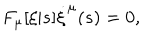
F _ { \mu } [ \xi | s ] \dot { \xi } ^ { \mu } ( s ) = 0 ,